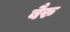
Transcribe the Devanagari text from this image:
बैरु